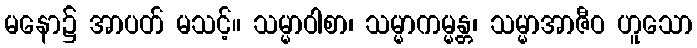
မနော၌ အာပတ် မသင့်။ သမ္မာဝါစာ၊ သမ္မာကမ္မန္တ၊ သမ္မာအာဇီဝ ဟူသော